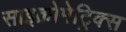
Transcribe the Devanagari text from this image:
साइक्रोमेट्रिक्स